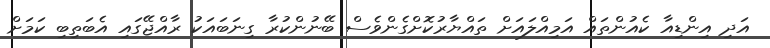
އަދި އިންޑިއާ ކެއުންތައް އަމިއްލައަށް ތައްޔާރުކޮށްގެންވެސް ބޭނުންކުރާ ގިނަބައަކު ރާއްޖޭގައި އެބަތިބި ކަމަށް